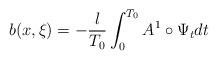
LaTeX: \begin{align*}b(x,\xi )=-\frac{l}{T_0} \int_0^{T_0}A^1\circ \Psi_tdt\end{align*}